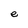
Character: e